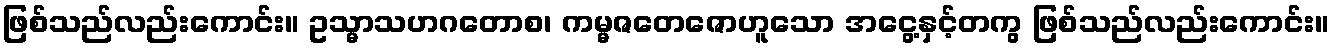
ဖြစ်သည်လည်းကောင်း။ ဥသ္မာသဟဂတောစ၊ ကမ္မဇတေဇောဟူသော အငွေ့နှင့်တကွ ဖြစ်သည်လည်းကောင်း။